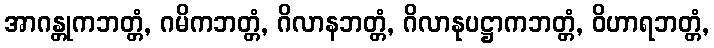
အာဂန္တုကဘတ္တံ, ဂမိကဘတ္တံ, ဂိလာနဘတ္တံ, ဂိလာနုပဋ္ဌာကဘတ္တံ, ဝိဟာရဘတ္တံ,